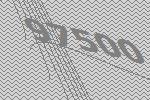
97500